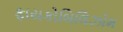
ફાયકોબિલિઝોમ